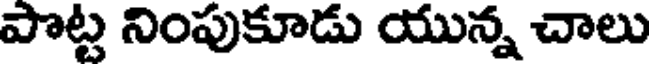
పొట్ట నింపుకూడు యున్న చాలు